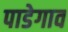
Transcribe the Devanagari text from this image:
पाडेगाव